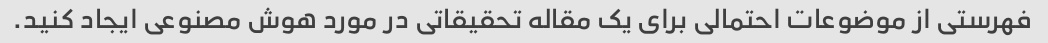
فهرستی از موضوعات احتمالی برای یک مقاله تحقیقاتی در مورد هوش مصنوعی ایجاد کنید.